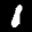
Digit: 8